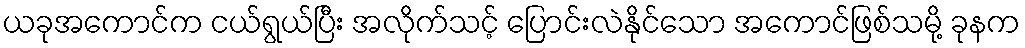
ယခုအကောင်က ငယ်ရွယ်ပြီး အလိုက်သင့် ပြောင်းလဲနိုင်သော အကောင်ဖြစ်သမို့ ခုနက